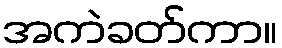
အကဲခတ်ကာ။